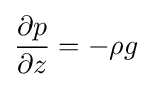
{\frac {\partial p}{\partial z}}=-\rho g